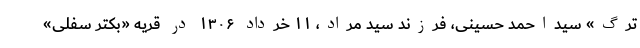
ترگ» سیداحمد حسینی، فرزند سید مراد، ۱۱ خرداد ۱۳۰۶ در قریه «بکتر سفلی»